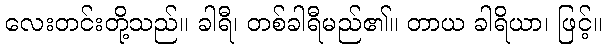
လေးတင်းတို့သည်။ ခါရီ၊ တစ်ခါရီမည်၏။ တာယ ခါရိယာ၊ ဖြင့်။